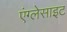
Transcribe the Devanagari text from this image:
एंग्लेसाइट